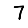
Digit: 7